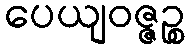
ပေယျဝဇ္ဇဉ္စ